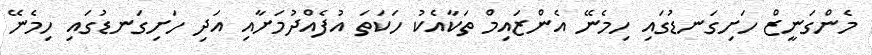
މެންގަނީޒް ހަށިގަނޑުގައި ހިމެނޭ އެންޒައިމް ތަކާއެކު ހަކަތަ އުފެއްދުމަށާއި އަދި ހަށިގަނޑުގައި ހިމެނޭ